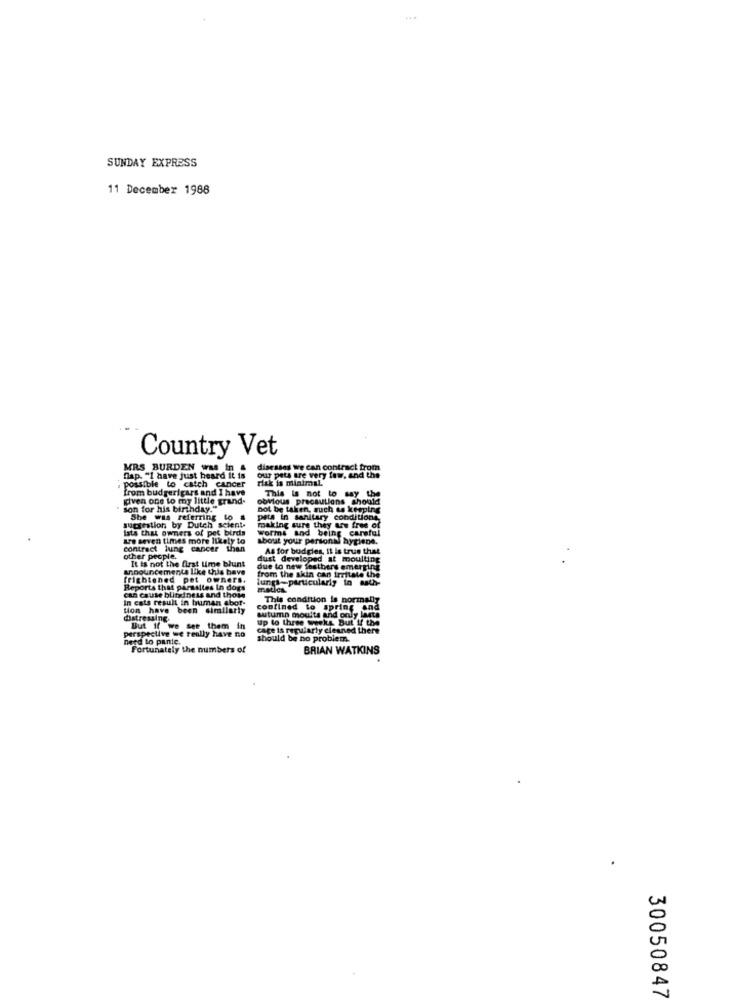
SUNDAY EXPRESS
11 December 1988
Country Vet
MRS BURDEN was In &
disesses we can contract from
our pets are very few, and the
flap. "I have just heard it is
risk is minimal.
possible to catch cancer
from budgerigars and I have
This is not to say the
given one to my little grand-
obvious precautions should
son for his birthday."
not be taken, such as keeping
She was referring to
pets in sanitary conditions,
sucrestion by Dutch scient-
ists that owners of pet birds
making sure they are free of
worms and being careful
are seven times more likely to
about your personal hygiene.
contract lung cancer than
As for budgles, Il is true that
other people.
It is not the first time blunt
dust developed at moulting
Announcements like this have
due to new festbers emerging
from the skin can irritate the
frightened pet owners.
lungs-particularly in auth-
Reports that parasites In dogs
matles.
can cause blindness and those
In cats result in buman abor-
This condition is normally
tion have been similarly
confined to spring and
datressing
up to three weeks But If the
autumn moults and only lasta
perspective we really have no
But if we see them
cate is regularly cleaned there
need to pante.
should be bo problem
Fortunately the numbers of
BRIAN WATKINS
30050847